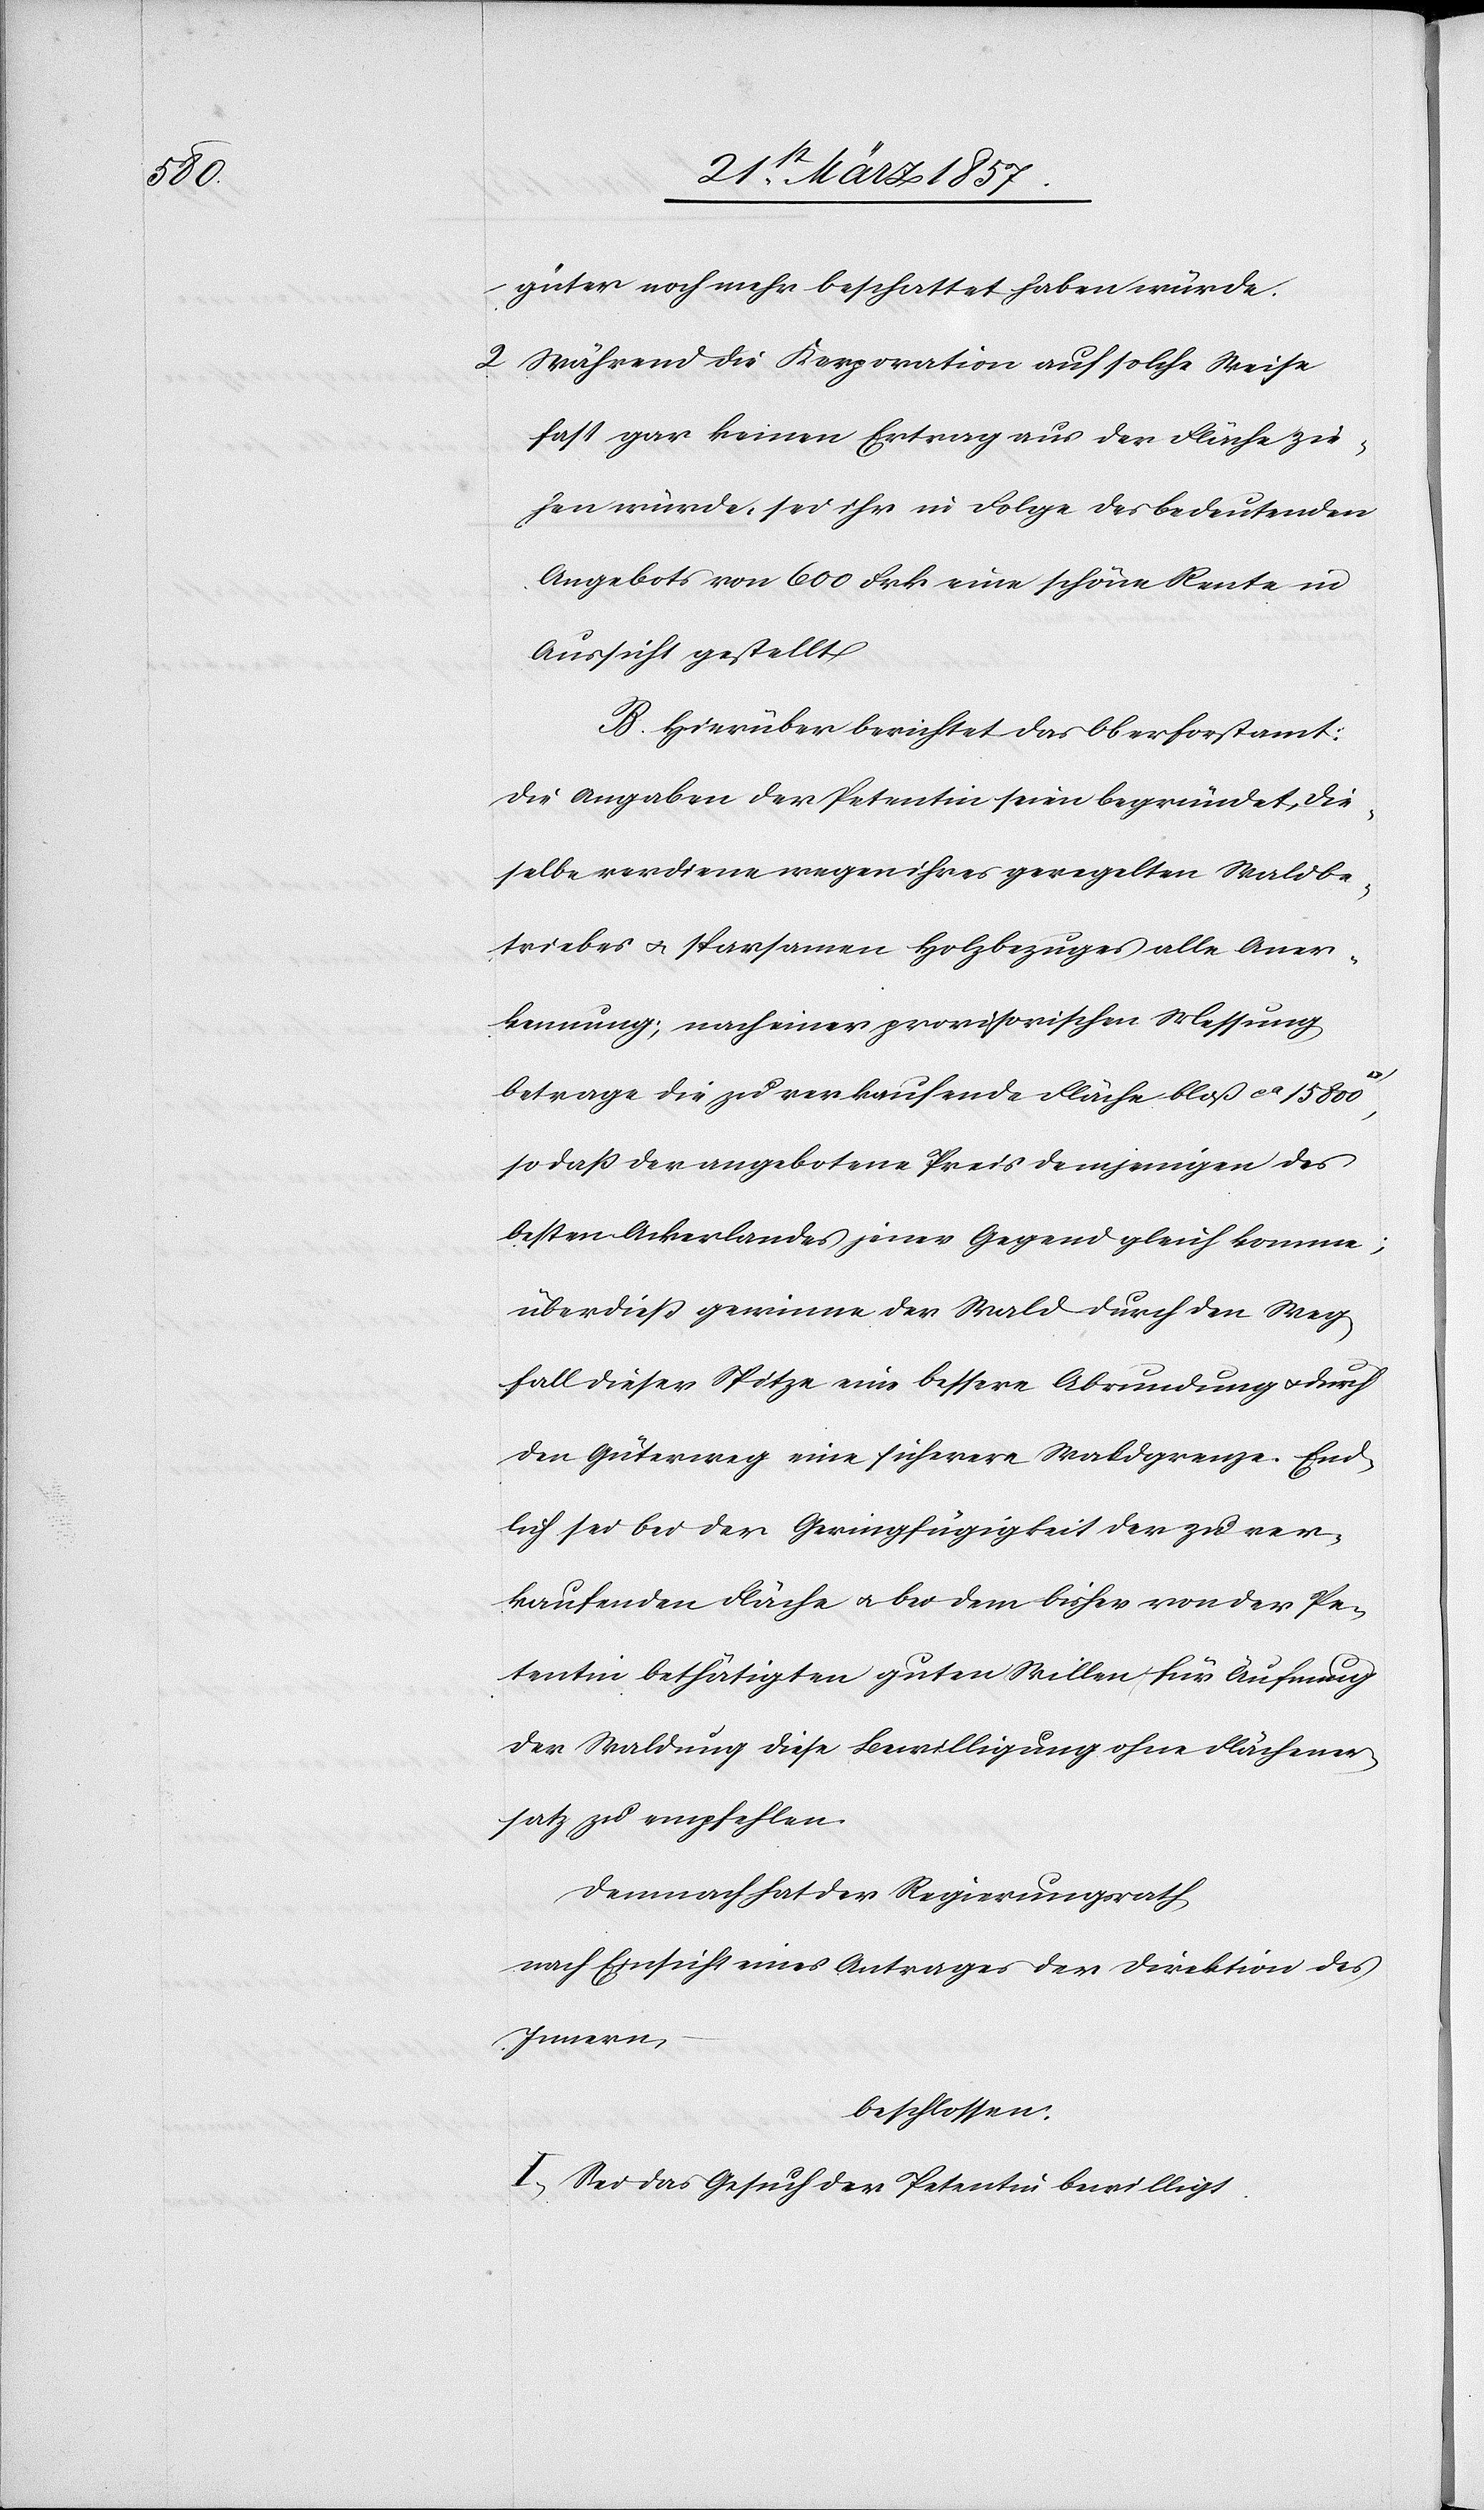
güter noch mehr beschattet haben würde.
2. Während die Korporation auf solche Weise
fast gar keinen Ertrag aus der Fläche zie¬
hen würde, sei ihr in Folge des bedeutenden
Angebots von 600 Frk eine schöne Rente in
Aussicht gestellt.
B. Hierüber berichtet das Oberforstamt:
Die Angaben der Petentin seien begründet, die¬
selbe verdiene wegen ihres geregelten Waldbe¬
triebes u. Sparsamen Holzbezuges alle Aner¬
kennung; nach seiner provisorischen Messung
betrage die zu verkaufende Fläche bloß ca 15 800
so daß der angebotene Preis demjenigen des
besten Ackerlandes jener Gegend gleich komme;
überdieß gewinne der Wald durch den Weg¬
fall dieser Spitze eine bessere Abrundung u. durch
den Güterweg eine sicherere Waldgrenze. End¬
lich sei bei der Geringfügigkeit der zu ver¬
kaufenden Fläche u. bei dem bisher von der Pe¬
tentin bethätigten guten Willen für Äufnung
der Waldung diese Bewilligung ohne Flächener¬
satz zu empfehlen.
Demnach hat der Regierungsrath
nach Einsicht eines Antrages der Direktion des
Innern
beschlossen:
I. Sei das Gesuch der Petentin bewilligt.